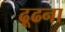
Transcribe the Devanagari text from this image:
ढ़ूढना